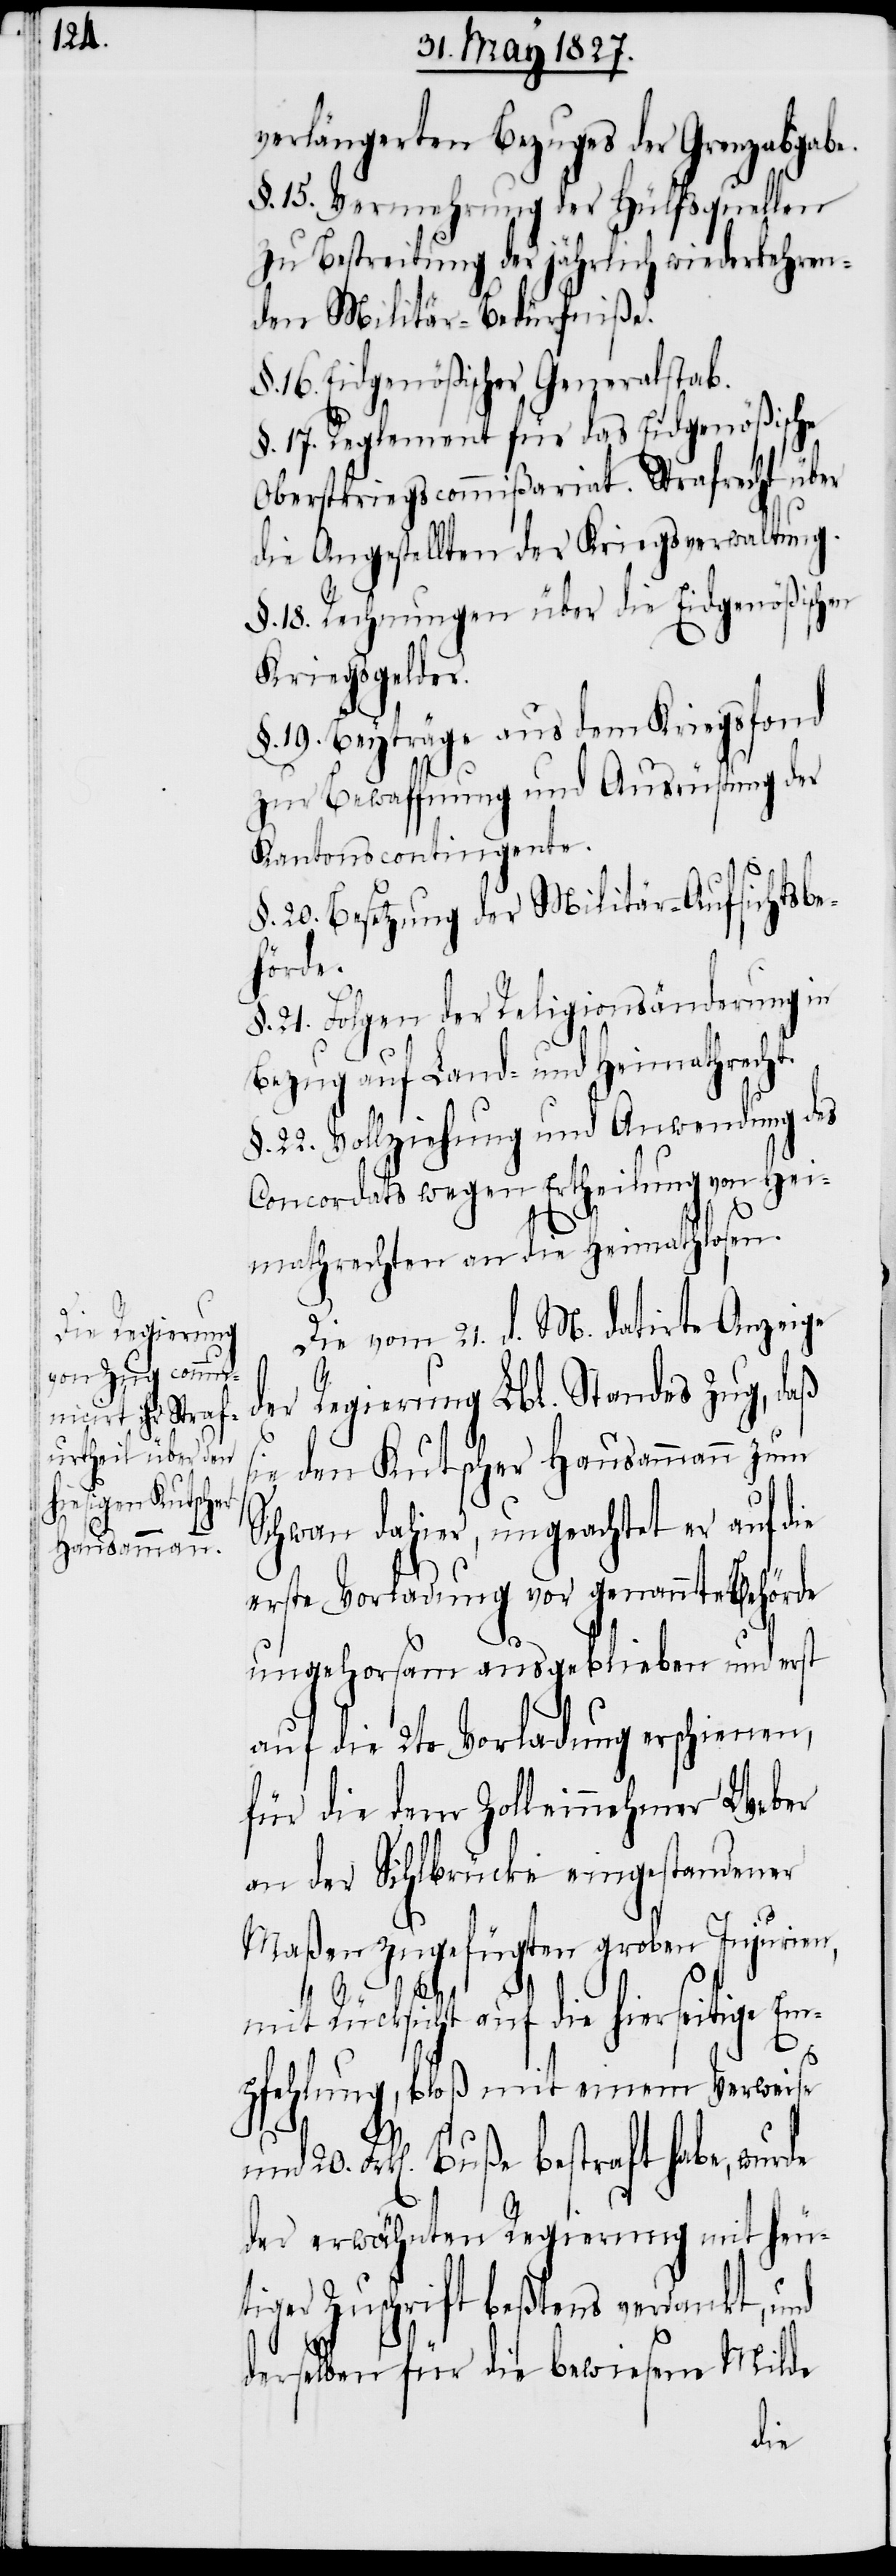
verlängerten Bezuges der Grenzabgabe.
§. 15. Vermehrung der Hülfsquellen
zu Bestreitung der jährlich wiederkehren¬
den Militär-Bedürfniße.
§. 16. Eidgenößischer Generalstab.
§. 17. Reglement für das Eidgenößische
Oberstkriegscommißariat. Strafrecht über
die Angestellten der Kriegsverwaltung.
§. 18. Rechnungen über die Eidgenößischen
Kriegsgelder.
§. 19. Beyträge aus dem Kriegsfond
zur Bewaffnung und Ausrüstung der
Kantonskontingente.
§. 20. Besetzung der Militär-Aufsichtsbe¬
hörde.
§. 21. Folgen der Religionsänderung in
Bezug auf Land- und Heimathrecht.
§. 22. Vollziehung und Anwendung des
Concordats wegen Ertheilung von Hei¬
mathrechten an die Heimathlosen.
Die vom 21. d. M. datirte Anzeige
der Regierung Lbl. Standes Zug, daß
sie den Kutscher Hausammann zum
Schwan dahier, ungeachtet er auf die
erste Vorladung vor genannte Behörde
ungehorsam ausgeblieben und erst
auf die 2te Vorladung erschienen,
für die dem Zolleinnehmer Weber
an der Sihlbrücke eingestandener
Maßen zugefügten groben Injurien,
mit Rücksicht auf die hierseitige Em¬
pfehlung, bloß mit einem Verweise
und 20. Frk[en]. bestraft habe, wurde
der erwähnten Regierung mit heu¬
tiger Zuschrift beßtens verdankt, und
derselben für die bewiesene Milde